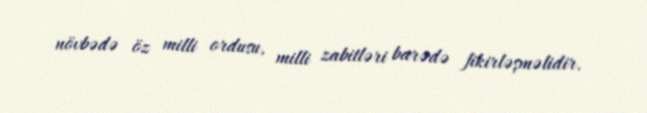
növbədə öz milli ordusu, milli zabitləri barədə fikirləşməlidir.